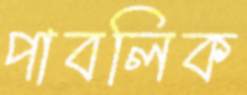
পাবলিক